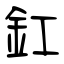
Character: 釭